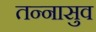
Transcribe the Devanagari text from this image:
तन्नासुव